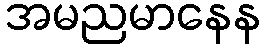
အမညမာနေန